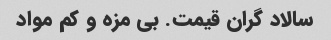
سالاد گران قیمت. بی مزه و کم مواد